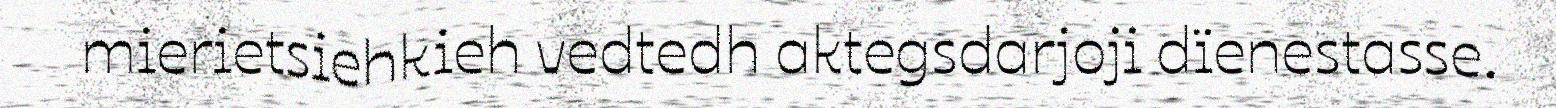
mierietsiehkieh vedtedh aktegsdarjoji dïenestasse.